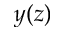
y ( z )